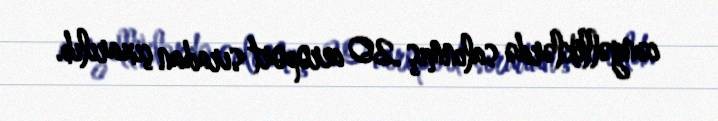
cəngəlliklərdə salınmış 20 aeroport sıradan çıxarılıb.